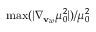
\operatorname* { m a x } ( | \nabla _ { \mathbf { v } _ { w } } \mu _ { 0 } ^ { 2 } | ) / \mu _ { 0 } ^ { 2 }